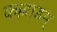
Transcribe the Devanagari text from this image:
कल्लाडम्